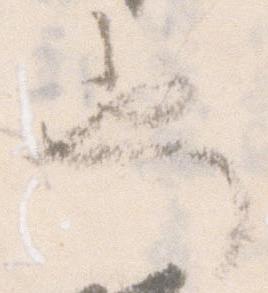
也